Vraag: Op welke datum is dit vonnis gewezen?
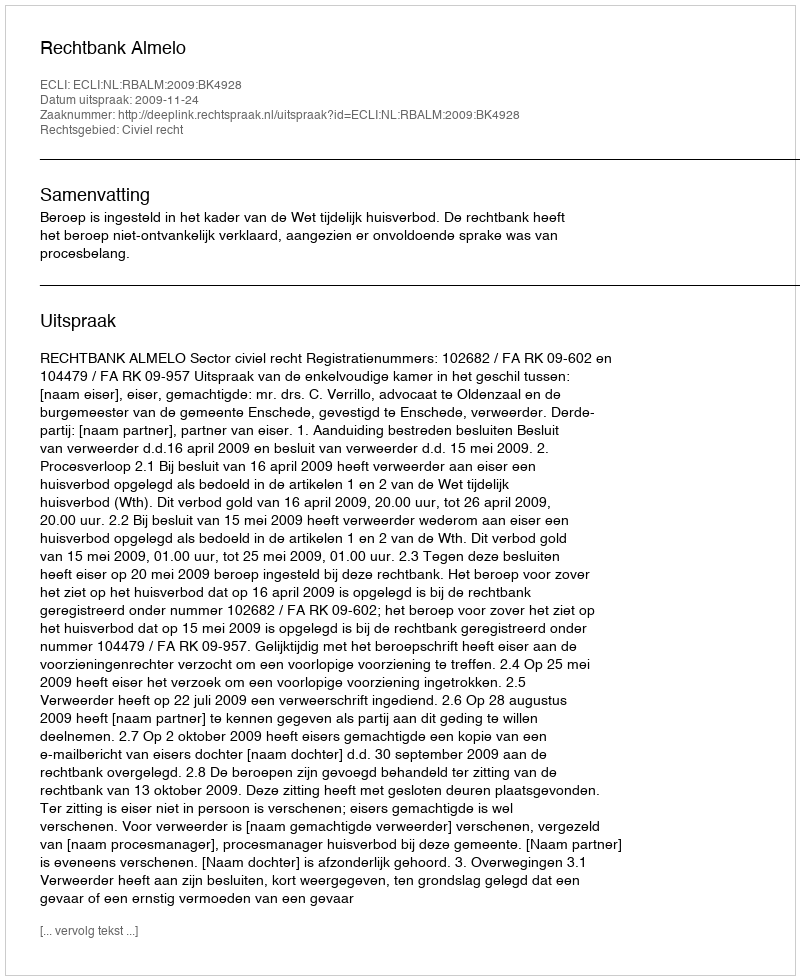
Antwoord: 2009-11-24